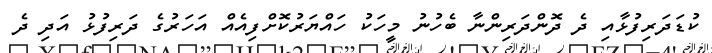
ކުޑަދަރިފުޅާއި ދެ ދޮންދަރިންނާ ބެހުނު މީހަކު ހައްޔަރުކޮށްފިއެއް އަހަރުގެ ދަރިފުޅު އަދި ދެ